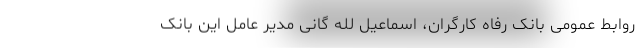
روابط عمومی بانک رفاه کارگران، اسماعیل لله گانی مدیر عامل این بانک